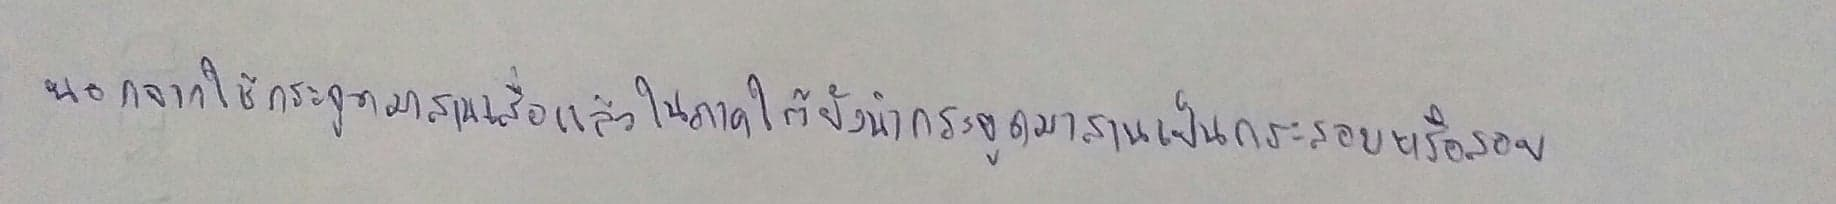
นอกจากใช้กระจูดมาสานเสื่อแล้วในภาคใต้ยังนำกระจูดมาสานเป็นกระสอบหรือสอบ